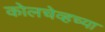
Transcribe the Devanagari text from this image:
कोलचेव्हच्या